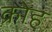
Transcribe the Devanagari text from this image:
क्रोह